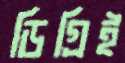
ডিগ্রিই